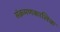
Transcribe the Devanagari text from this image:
संक्रमणकालिक